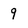
Character: 9